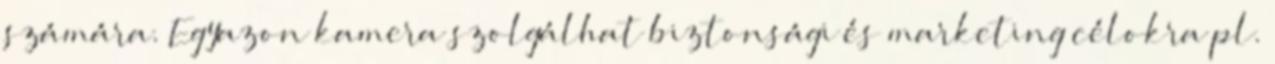
számára. Egyazon kamera szolgálhat biztonsági és marketing célokra pl.